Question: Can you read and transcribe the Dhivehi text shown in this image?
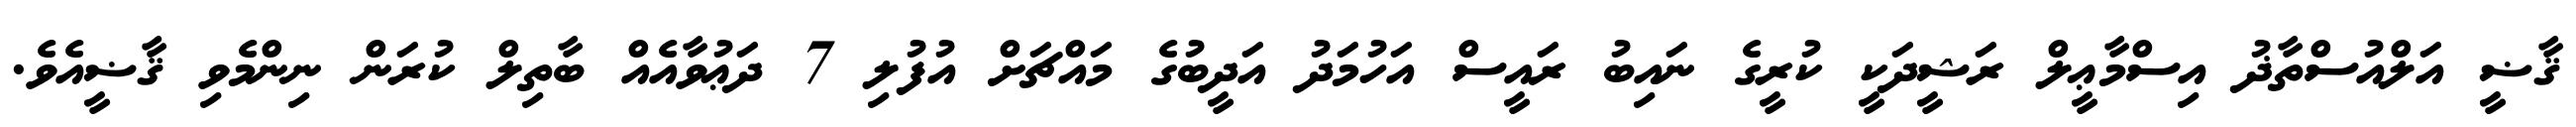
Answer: ޤާޟީ އަލްއުސްތާޛު އިސްމާޢީލް ރަޝީދަކީ ކުރީގެ ނައިބު ރައީސް އަހުމަދު އަދީބުގެ މައްޗަށް އުފުލި 7 ދަޢުވާއެއް ބާތިލް ކުރަން ނިންމެވި ޤާޟީއެވެ.